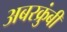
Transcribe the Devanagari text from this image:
अबरक्रुंबी